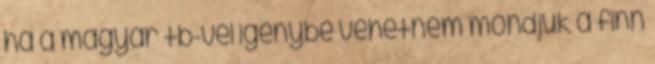
ha a magyar tb-vel igénybe vehetném mondjuk a finn